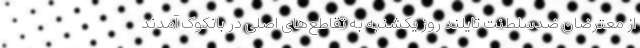
از معترضان ضدسلطنت تایلند روز یکشنبه به تقاطع‌های اصلی در بانکوک آمدند